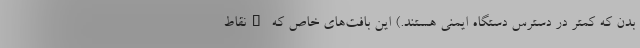
بدن که کمتر در دسترس دستگاه ایمنی هستند.) این بافت‌های خاص که "نقاط